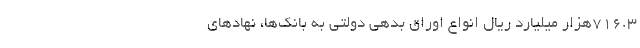
716.3هزار میلیارد ریال انواع اوراق بدهی دولتی به بانک‌ها، نهادهای